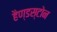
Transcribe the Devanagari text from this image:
हैण्डस्टोन